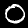
Label: 0